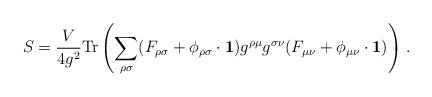
\begin{align*} S=\frac{V}{4g^{2}}{\rm Tr}\left( \sum_{\rho \sigma} (F_{\rho \sigma}+ \phi_{\rho\sigma}\cdot {\bf 1})g^{\rho \mu} g^{\sigma \nu} (F_{\mu \nu}+ \phi_{\mu\nu}\cdot {\bf 1}) \right) \, .\end{align*}